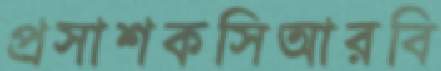
প্রসাশকসিআরবি